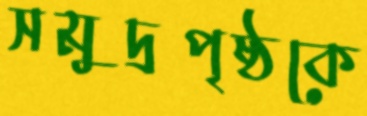
সমুদ্রপৃষ্ঠকে